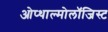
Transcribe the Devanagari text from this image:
ओप्थाल्मोलॉजिस्ट